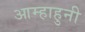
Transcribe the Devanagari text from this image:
आम्हाहुनी